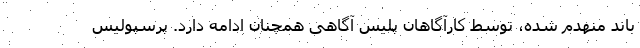
باند منهدم شده، توسط کارآگاهان پلیس آگاهی همچنان ادامه دارد. پرسپولیس